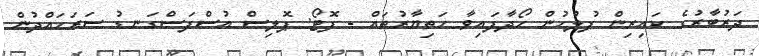
ދަރުބާރުގެ ކައިރިން ފުލުހުން ހޯދާފައިވާ ހަތިޔާރުތައް - ފޮޓޯ: ޕޮލިސް އުސްފަސްގަނޑު ސަރަހައްދުން